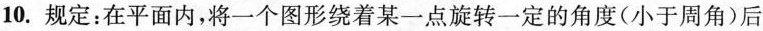
10.规定：在平面内，将一个图形绕着某一点旋转一定的角度(小于周角)后